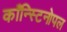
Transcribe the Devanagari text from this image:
काँन्स्टिनोपल